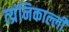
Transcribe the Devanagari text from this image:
त्य्रंनिकाल्ली